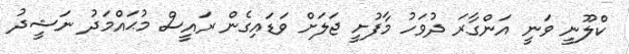
ކްލޫނީ ވަނީ އަންގާރަ ދުވަހު މާފުށީ ޖަލަށް ވަޑައިގެން ރައީސް މުޙައްމަދު ނަޝީދު